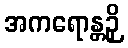
အကရောန္တဉှိ